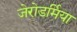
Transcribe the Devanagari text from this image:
जेरोडर्मिया